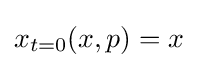
x_{t=0}(x,p)=x